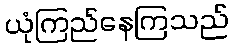
ယုံကြည်နေကြသည်